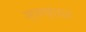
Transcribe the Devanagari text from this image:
स्पष्ततः